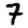
Digit: 7